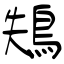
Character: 鴩